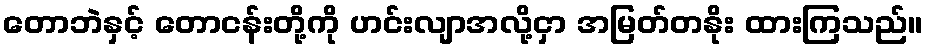
တောဘဲနှင့် တောငန်းတို့ကို ဟင်းလျာအလို့ငှာ အမြတ်တနိုး ထားကြသည်။